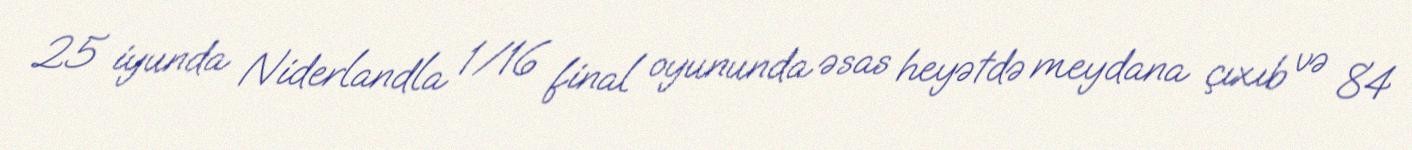
25 iyunda Niderlandla 1/16 final oyununda əsas heyətdə meydana çıxıb və 84